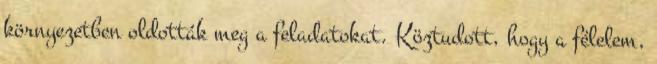
környezetben oldották meg a feladatokat. Köztudott, hogy a félelem,